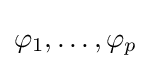
\varphi _{1},\ldots ,\varphi _{p}